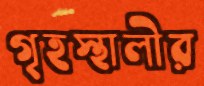
গৃহস্থালীর